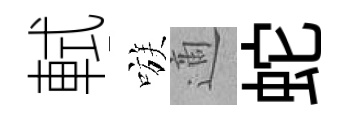
軾嗾適蛇